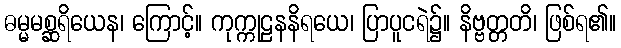
ဓမ္မမစ္ဆရိယေန၊ ကြောင့်။ ကုက္ကုဠနနိရယေ၊ ပြာပူငရဲ၌။ နိဗ္ဗတ္တတိ၊ ဖြစ်ရ၏။